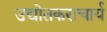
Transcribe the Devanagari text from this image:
उद्योतकराचार्य